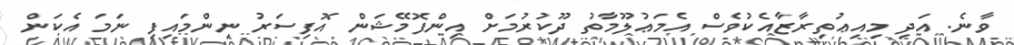
ވާނެ. އަދި މިއިޢުތިރާޒާއެކުވެސް އެމަޢުލޫމާތު ދޫކުރުމަށް އިންފޮމޭޝަން އޮފިސަރު ނިންމައިފި ނަމަ އެކަން